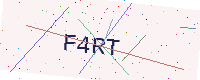
Text: F4RT